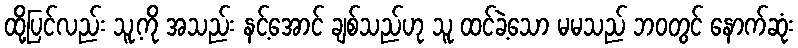
ထို့ပြင်လည်း သူ့ကို အသည်း နင့်အောင် ချစ်သည်ဟု သူ ထင်ခဲ့သော မမသည် ဘဝတွင် နောက်ဆုံး